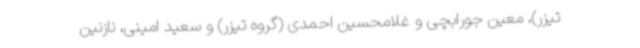
تیزر)، معین جورابچی و غلامحسین احمدی (گروه تیزر) و سعید امینی، نازنین